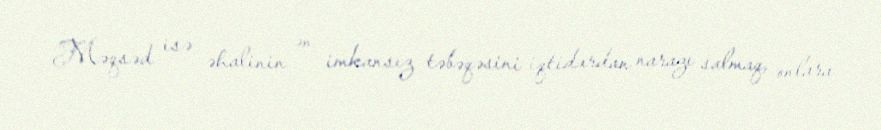
Məqsəd isə əhalinin ən imkansız təbəqəsini iqtidardan narazı salmaq, onlara